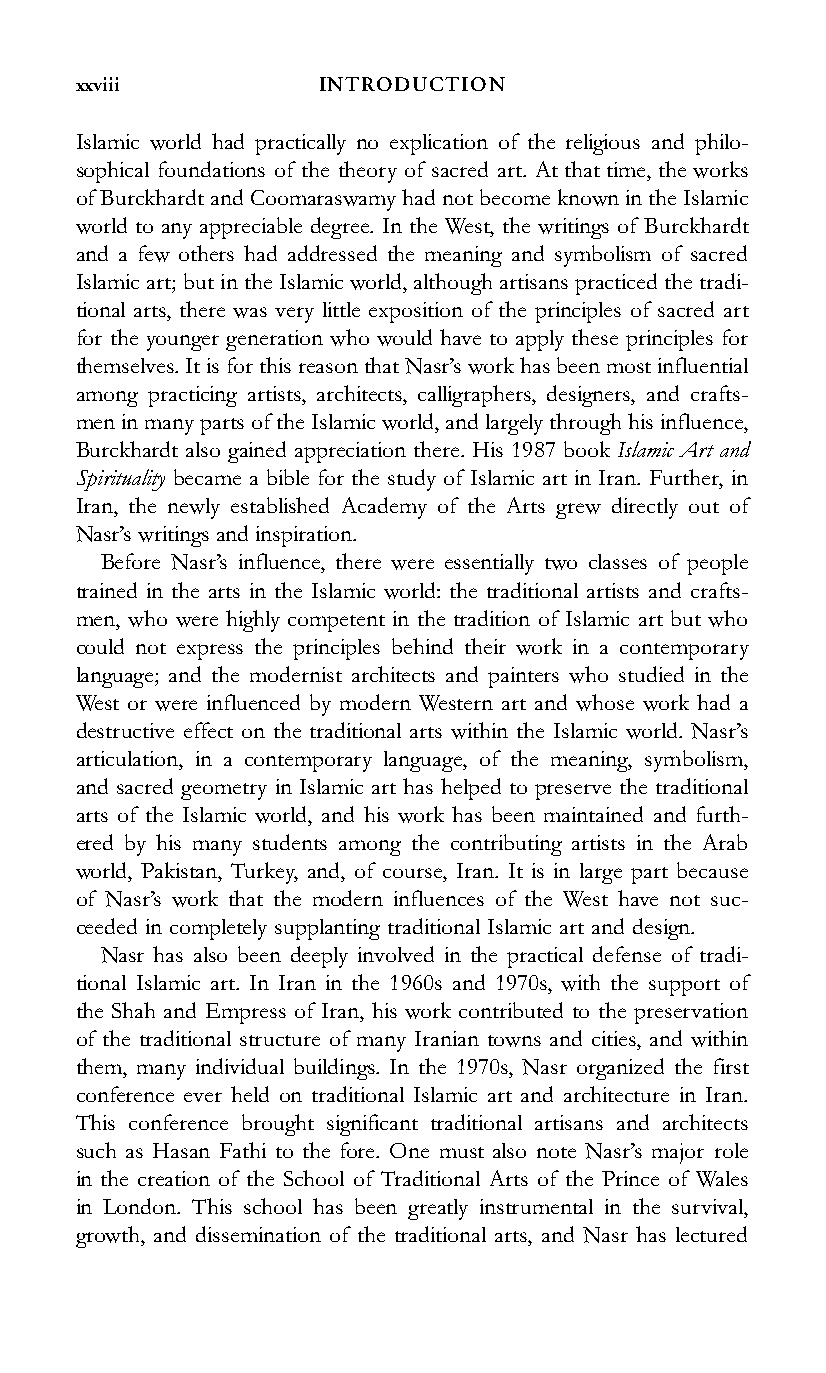
xxviii          INTRODUCTION
 Islamic world had practically no explication of the religious and philo-
 sophical foundations of the theory of sacred art. At that time, the works
 ofBurckhardtand Coomaraswamyhad notbecomeknown intheIslamic
 world to any appreciable degree. In the West, the writings of Burckhardt
 and a few others had addressed the meaning and symbolism of sacred
 Islamic art; but in the Islamic world, although artisans practiced the tradi-
 tional arts, there was very little exposition of the principles of sacred art
 for the younger generation who would have to apply these principles for
 themselves.ItisforthisreasonthatNasr’sworkhasbeenmostinfluential
 among practicing artists, architects, calligraphers, designers, and crafts-
 meninmanypartsoftheIslamicworld,andlargelythroughhisinfluence,
 Burckhardt also gained appreciation there. His 1987 book Islamic Art and
 Spirituality became a bible for the study of Islamic art in Iran. Further, in
 Iran, the newly established Academy of the Arts grew directly out of
 Nasr’swritingsandinspiration.
 Before Nasr’s influence, there were essentially two classes of people
 trained in the arts in the Islamic world: the traditional artists and crafts-
 men, who were highly competent in the tradition of Islamic art but who
 could not express the principles behind their work in a contemporary
 language; and the modernist architects and painters who studied in the
 West or were influenced by modern Western art and whose work had a
 destructive effect on the traditional arts within the Islamic world. Nasr’s
 articulation, in a contemporary language, of the meaning, symbolism,
 and sacred geometry in Islamic art has helped to preserve the traditional
 arts of the Islamic world, and his work has been maintained and furth-
 ered by his many students among the contributing artists in the Arab
 world, Pakistan, Turkey, and, of course, Iran. It is in large part because
 of Nasr’s work that the modern influences of the West have not suc-
 ceeded in completely supplanting traditional Islamic art and design.
 Nasr has also been deeply involved in the practical defense of tradi-
 tional Islamic art. In Iran in the 1960s and 1970s, with the support of
 the Shah and Empress of Iran, his work contributed to the preservation
 of the traditional structure of many Iranian towns and cities, and within
 them, many individual buildings. In the 1970s, Nasr organized the first
 conference ever held on traditional Islamic art and architecture in Iran.
 This conference brought significant traditional artisans and architects
 such as Hasan Fathi to the fore. One must also note Nasr’s major role
 in the creation of the School of Traditional Arts of the Prince of Wales
 in London. This school has been greatly instrumental in the survival,
 growth, and dissemination of the traditional arts, and Nasr has lectured